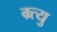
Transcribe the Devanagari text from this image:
म्र्त्यु